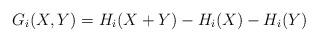
LaTeX: \begin{align*}G_i(X, Y) = H_i(X+Y) - H_i(X) - H_i(Y)\end{align*}